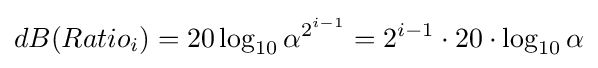
dB(Ratio_{i})=20\log _{10}\alpha ^{2^{i-1}}=2^{i-1}\cdot 20\cdot \log _{10}\alpha